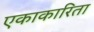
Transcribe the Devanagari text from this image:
एकाकारिता